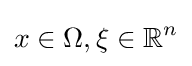
x\in \Omega ,\xi \in \mathbb {R} ^{n}